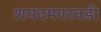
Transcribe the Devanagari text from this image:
शमदमपरवडी